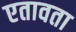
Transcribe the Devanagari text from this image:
एतावता